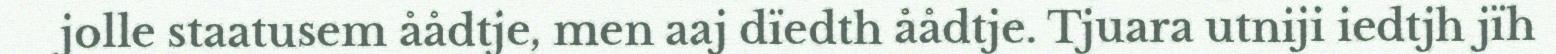
jolle staatusem åådtje, men aaj dïedth åådtje. Tjuara utniji iedtjh jïh